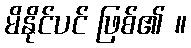
မိနိုင်ပင် ဖြစ်၏ ။